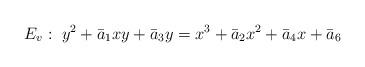
LaTeX: \begin{align*}E_v: \;y^2+\bar{a}_1 xy+ \bar{a}_3y=x^3+\bar{a}_2x^2+\bar{a}_4x+\bar{a}_6\end{align*}